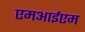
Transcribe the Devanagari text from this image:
एमआईएम